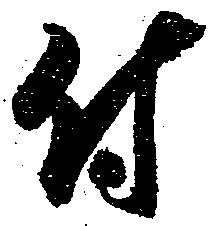
付